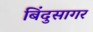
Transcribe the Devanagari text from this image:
बिंदुसागर